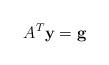
LaTeX: \begin{align*}A^{T}{\bf y}={\bf g}\end{align*}